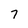
Character: 7